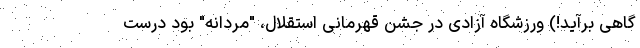
گاهی برآید!) ورزشگاه آزادی در جشن قهرمانی استقلال، "مردانه" بود درست